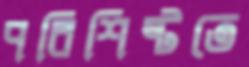
পরিশিষ্টতে